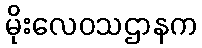
မိုးလေဝသဌာနက